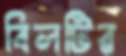
বিলটির